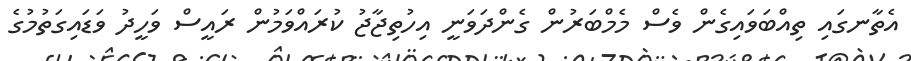
އެތާނގައި ތިއްބަވައިގެން ވެސް މެމްބަރުން ގެންދަވަނީ އިހުތިޖާޖު ކުރައްވަމުން ރައީސް ވަހީދު ވަޑައިގަތުމުގެ